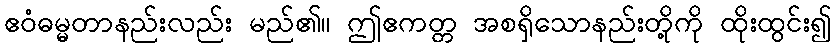
ဧဝံဓမ္မတာနည်းလည်း မည်၏။ ဤဧကတ္တ အစရှိသောနည်းတို့ကို ထိုးထွင်း၍